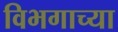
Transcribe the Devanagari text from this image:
विभगाच्या